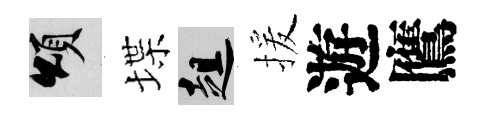
頌堞趄援遊鷹